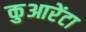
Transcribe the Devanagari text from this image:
कुआरेंटा